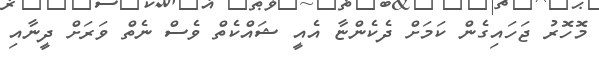
މޮހޮރު ޖަހައިގެން ކަމަށް ދެކެންޏާ އެއީ ޝައްކެތް ވެސް ނެތް ވަރަށް ދީނާއި